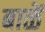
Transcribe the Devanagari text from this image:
बाळें